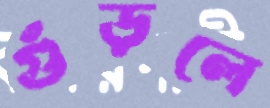
গুঁড়লে